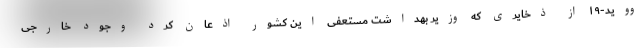
ووید-۱۹ از ذخایری که وزیر بهداشت مستعفی این کشور اذعان کرد وجود خارجی